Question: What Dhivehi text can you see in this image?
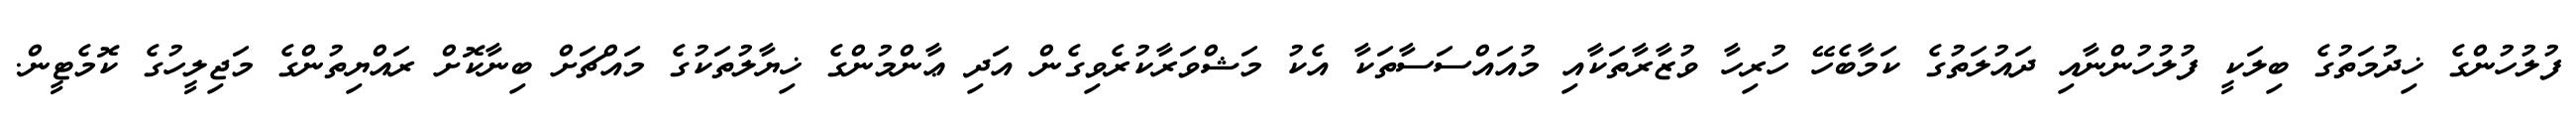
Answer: ފުލުހުންގެ ޚިދުމަތުގެ ބިލަކީ ފުލުހުންނާއި ދައުލަތުގެ ކަމާބެހޭ ހުރިހާ ވުޒާރާތަކާއި މުއައްސަސާތަކާ އެކު މަޝްވަރާކުރެވިގެން އަދި ޢާންމުންގެ ޚިޔާލުތަކުގެ މައްޗަށް ބިނާކޮށް ރައްޔިތުންގެ މަޖިލީހުގެ ކޮމެޓީން.